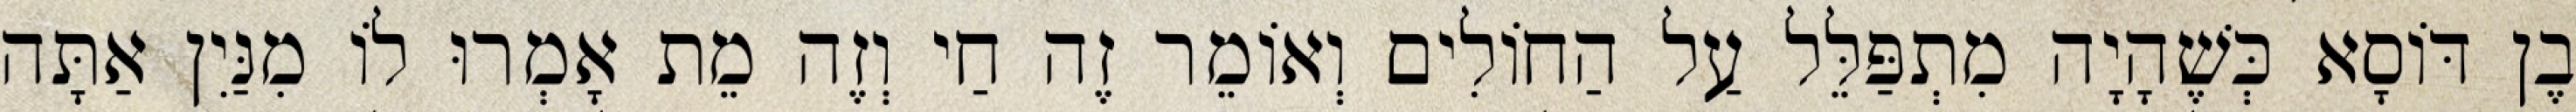
בֶן דּוֹסָא כְּשֶׁהָיָה מִתְפַּלֵּל עַל הַחוֹלִים וְאוֹמֵר זֶה חַי וְזֶה מֵת אָמְרוּ לוֹ מִנַּיִן אַתָּה